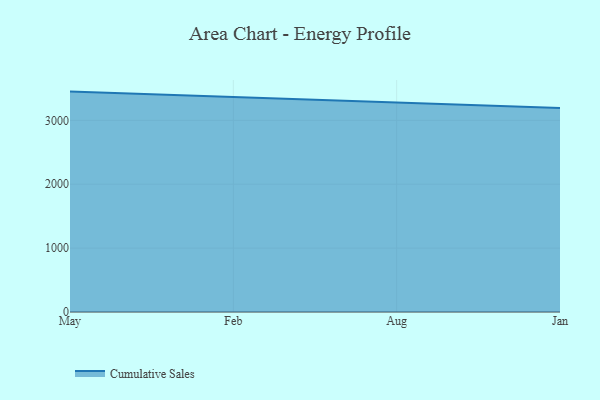
{"axis": {"x": "Month", "y": "Gross Profit (USD K)"}, "legend": ["Cumulative Sales"], "data": [{"x": "May", "y": 3449.2, "type": "Cumulative Sales"}, {"x": "Feb", "y": 3362.7, "type": "Cumulative Sales"}, {"x": "Aug", "y": 3279.9, "type": "Cumulative Sales"}, {"x": "Jan", "y": 3192.3, "type": "Cumulative Sales"}]}